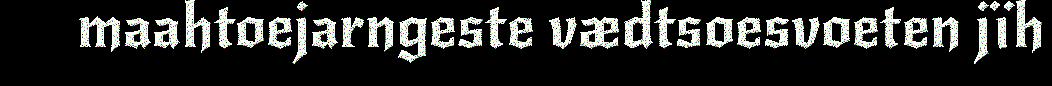
maahtoejarngeste vædtsoesvoeten jïh